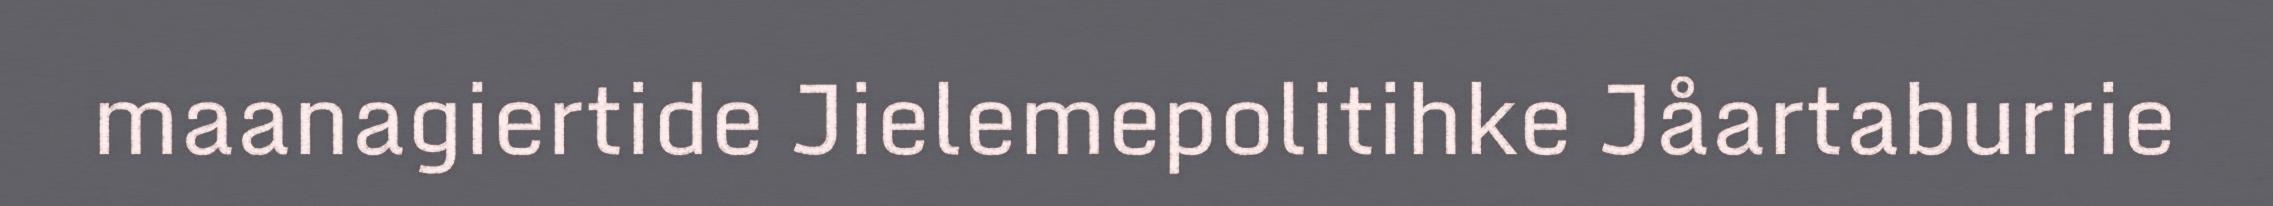
maanagiertide Jielemepolitihke Jåartaburrie